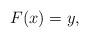
LaTeX: \begin{align*}F(x)=y,\end{align*}